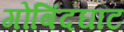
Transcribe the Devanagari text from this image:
गोबिंदघाट